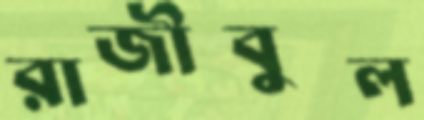
রাজীবুল